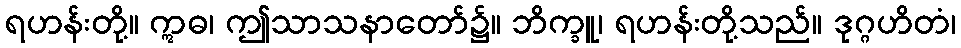
ရဟန်းတို့။ ဣဓ၊ ဤသာသနာတော်၌။ ဘိက္ခူ၊ ရဟန်းတို့သည်။ ဒုဂ္ဂဟိတံ၊